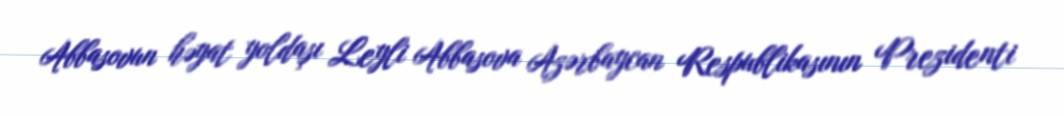
Abbasovun həyat yoldaşı Leyli Abbasova Azərbaycan Respublikasının Prezidenti